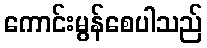
ကောင်းမွန်စေပါသည်